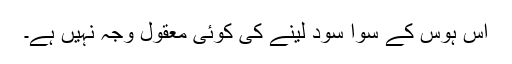
اس ہوس کے سوا سود لینے کی کوئی معقول وجہ نہیں ہے۔